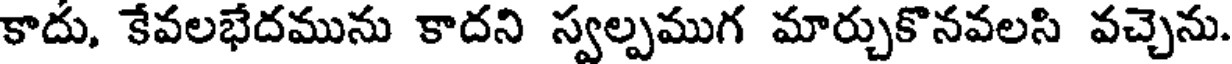
కాదు, కేవలభేదమును కాదని స్వల్పముగ మార్చుకొనవలసి వచ్చెను.